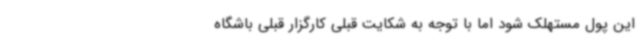
این پول مستهلک شود اما با توجه به شکایت قبلی کارگزار قبلی باشگاه